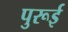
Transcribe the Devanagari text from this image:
पुरूई